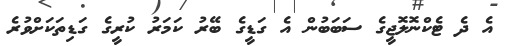
އެ ދެ ޓެކްނޮލޮޖީގެ ސަބަބުން އެ ގަޑީގެ ބޭރު ކަމަރު ކުރީގެ ގަޑިތަކަށްވުރެ